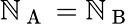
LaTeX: \mathbb{N}_{\mathrm{{~A~}}}=\mathbb{N}_{\mathrm{{~B~}}}